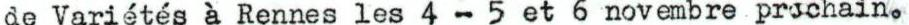
de Variétés à Rennes les 4-5 et 6 novembre prochain.